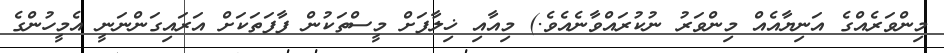
މިންވަރެއްގެ އަނިޔާއެއް މިންވަރު ނުކުރައްވާނެއެވެ.) މިއާއި ޚިލާފަށް މީސްތަކުން ފާފަތަކަށް އަރައިގަންނަނީ އެމީހުންގެ